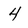
Character: 4